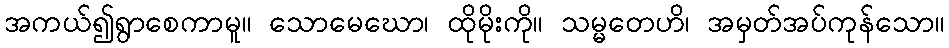
အကယ်၍ရွာစေကာမူ။ သောမေဃော၊ ထိုမိုးကို။ သမ္မတေဟိ၊ အမှတ်အပ်ကုန်သော။